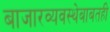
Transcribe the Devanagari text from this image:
बाजारव्यवस्थेबाबतही